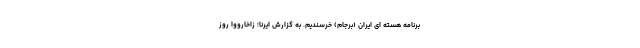
برنامه هسته ای ایران (برجام) خرسندیم. به گزارش ایرنا؛ زاخارووا روز